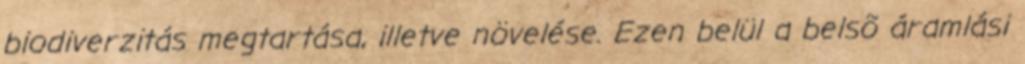
biodiverzitás megtartása, illetve növelése. Ezen belül a belsõ áramlási